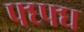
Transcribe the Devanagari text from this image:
फ्घ्फ्घ